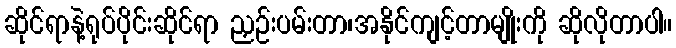
ဆိုင်ရာနဲ့ရုပ်ပိုင်းဆိုင်ရာ ညှဉ်းပမ်းတာ၊အနိုင်ကျင့်တာမျိုးကို ဆိုလိုတာပါ။